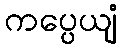
ကပ္ပေယျံ